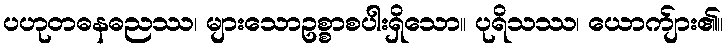
ပဟုတဓနဓညဿ၊ များသောဥစ္စာစပါးရှိသော။ ပုရိသဿ၊ ယောက်ျား၏။